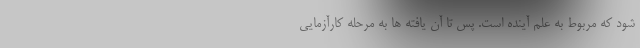
شود که مربوط به علم آینده است. پس تا آن یافته ها به مرحله کارآزمایی